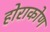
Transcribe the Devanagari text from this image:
होराकोण